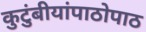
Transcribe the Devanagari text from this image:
कुटुंबीयांपाठोपाठ